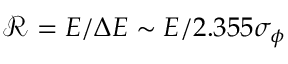
\mathcal { R } = E / \Delta E \sim E / 2 . 3 5 5 \sigma _ { \phi }